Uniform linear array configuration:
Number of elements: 24
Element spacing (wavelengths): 0.5
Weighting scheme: binomial
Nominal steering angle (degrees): -15
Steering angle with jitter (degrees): -16.405
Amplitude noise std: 0.05
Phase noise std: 0.05

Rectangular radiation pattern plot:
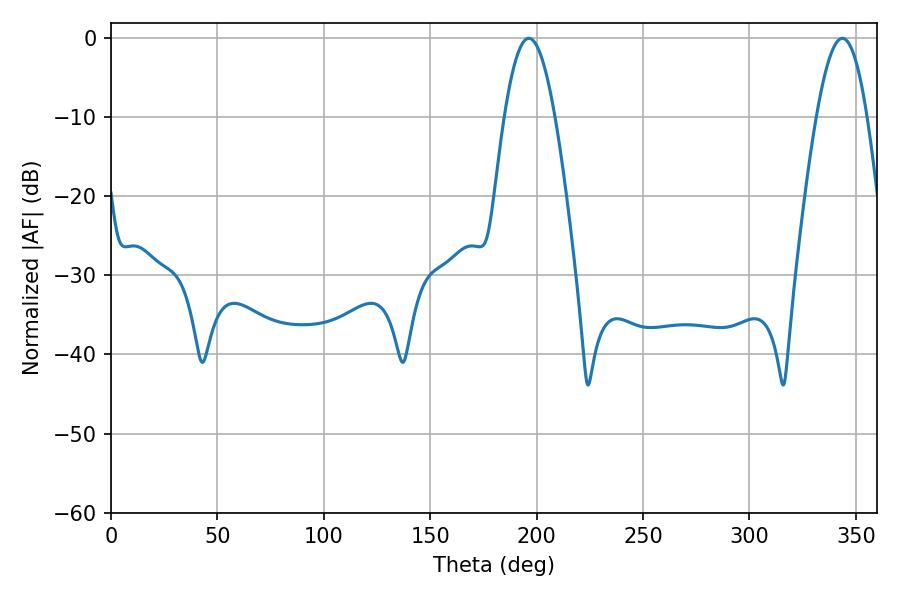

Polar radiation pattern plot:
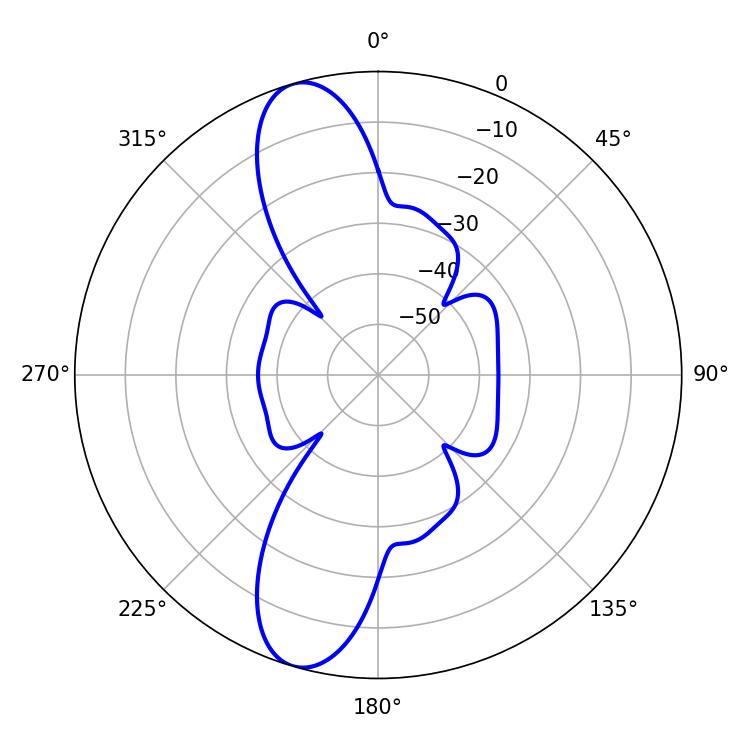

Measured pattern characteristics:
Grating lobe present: FALSE
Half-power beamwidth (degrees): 12.96
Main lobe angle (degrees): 196.38